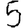
Digit: 5